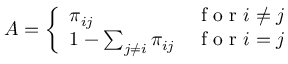
A = \left\{ \begin{array} { l l } { \pi _ { i j } } & { \mathrm { ~ f ~ o ~ r ~ } i \neq j } \\ { 1 - \sum _ { j \neq i } \pi _ { i j } } & { \mathrm { ~ f ~ o ~ r ~ } i = j } \end{array} \right.